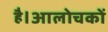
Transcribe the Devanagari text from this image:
है।आलोचकों